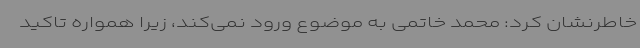
خاطرنشان کرد: محمد خاتمی به موضوع ورود نمی‌کند، زیرا همواره‌ تاکید